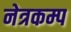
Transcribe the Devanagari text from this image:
नेत्रकम्प